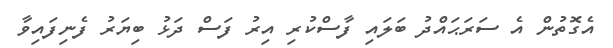
އެގޮތުން އެ ސަރަޙައްދު ބަލައި ފާސްކުރި އިރު ފަސް ދަޅު ބިޔަރު ފެނިފައިވާ